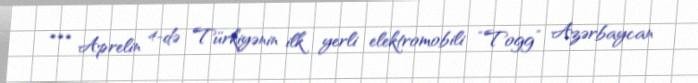
*** Aprelin 4-də Türkiyənin ilk yerli elektromobili “Togg” Azərbaycan